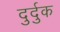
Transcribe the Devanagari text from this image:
दुर्दुक